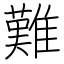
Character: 難